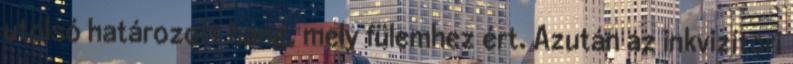
utolsó határozott hang, mely fülemhez ért. Azután az inkvizítori